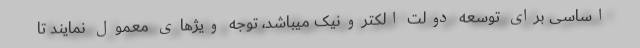
اساسی برای توسعه دولت الکترونیک میباشد، توجه ویژهای معمول نمایند تا